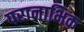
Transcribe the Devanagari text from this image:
परानाभिक